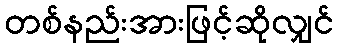
တစ်နည်းအားဖြင့်ဆိုလျှင်